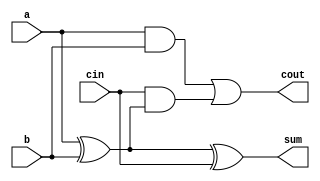
`define FA_LOGIC

module full_adder
(
    input a,
    input b,
    input cin,
    output sum,
    output cout
);

`ifdef FA_LOGIC
    assign sum = a ^ b ^ cin;
    assign cout = (a & b) | cin & (a ^ b);
`elsif FA_SUM
    assign {cout, sum} = a + b + cin;
`endif

endmodule